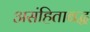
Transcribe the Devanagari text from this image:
असंहिताबद्ध